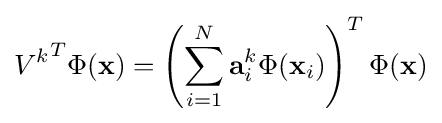
{V^{k}}^{T}\Phi (\mathbf {x} )=\left(\sum _{i=1}^{N}\mathbf {a} _{i}^{k}\Phi (\mathbf {x} _{i})\right)^{T}\Phi (\mathbf {x} )